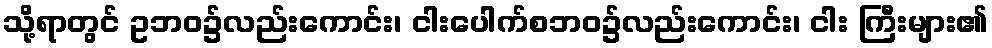
သို့ရာတွင် ဥဘဝ၌လည်းကောင်း၊ ငါးပေါက်စဘဝ၌လည်းကောင်း၊ ငါး ကြီးများ၏